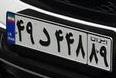
۴۹د۴۴۸۸۹